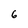
Character: 6